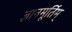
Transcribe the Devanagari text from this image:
ज्ञानमूर्तिम्